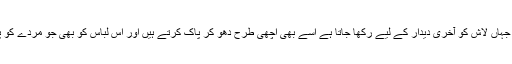
اس کے بعد وہ کمرہ جہاں لاش کو آخری دیدار کے لیے رکھا جاتا ہے اسے بھی اچھی طرح دھو کر پاک کرتے ہیں اور اس لباس کو بھی جو مردے کو پہنایا جانا مقصود ہو۔